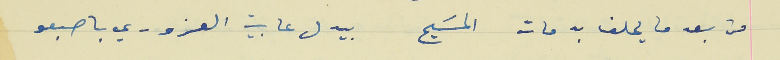
من بعد ما يحلف به مات المسَيح                           بيدل عا بيت العزوري باصبعو